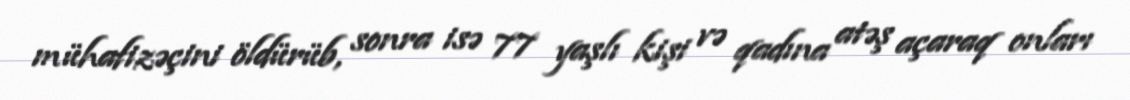
mühafizəçini öldürüb, sonra isə 77 yaşlı kişi və qadına atəş açaraq onları